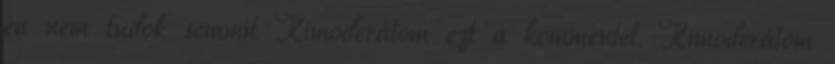
én nem tudok semmit Kimoderálom ezt a kommentet. Kimoderálom